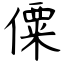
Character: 僳